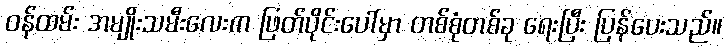
ဝန်ထမ်း အမျိုးသမီးလေးက ဖြတ်ပိုင်းပေါ်မှာ တစ်စုံတစ်ခု ရေးပြီး ပြန်ပေးသည်။